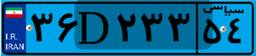
۳۶D۲۳۳۵۴